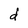
Character: d